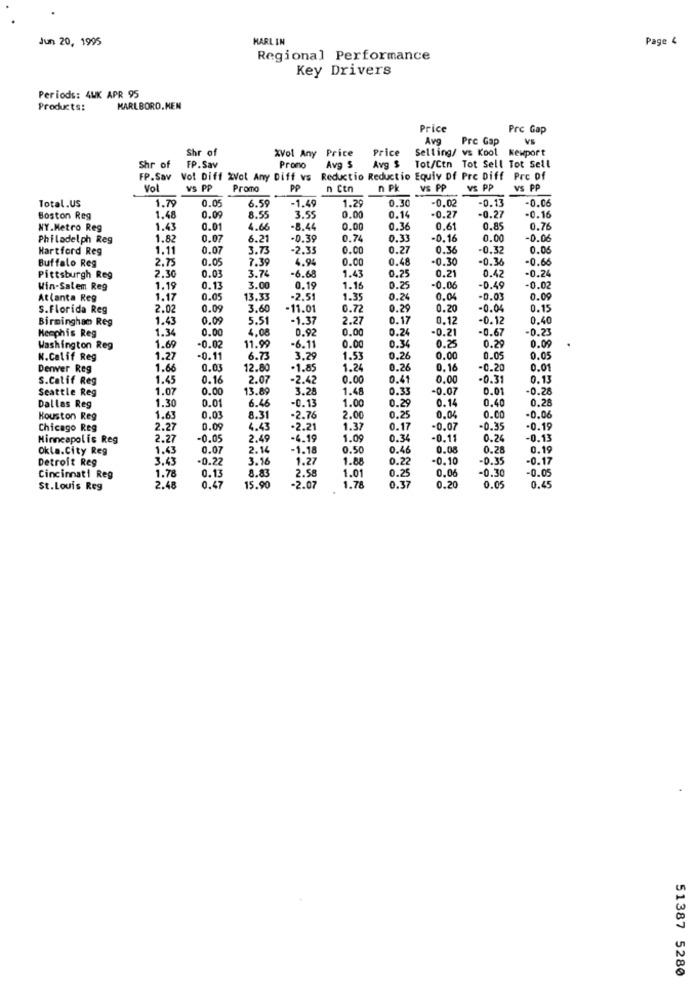
Jun 20, 1995
HARLIN
Page 4
Regional Performance
Key Drivers
Periods: 4WK APR 95
Products:
MARLBORO.MEN
Price
Prc Gap
Ave
Pre Gap
VS
Shr of
%Vol Any Price
Price
Selling/ vs Kool
Newport
Avg S
Shr of
FP.Sav
Prono
Avg $
Tot/Ctn Tot Sell Tot Sell
FP.Sav Vol Diff %Vol Any Diff vs Reductio Reductio Equiv Df Pre Diff Prc of
Vol
VS PP
Promo
PP
n Ctn
n Pk
VS PP
VS PP
VS PP
Total.US
0.05
6.59
-1.49
1.29
0.30
-0.02
-0.13
-0.06
1.79
0.00
-0.2
Boston Reg
1.48
0.09
8.55
3.55
0.14
-0.27
-0.16
NY.Metro Reg
1.4
0.01
4.66
-8.44
0.00
0.36
0.61
0.89
0.76
Philadelph Reg
1.82
0.07
6.21
-0.39
0.74
0.33
-0.16
0.0
-0.0
Hartford Reg
1.11
0.07
3.73
-2.35
0.00
0.27
0.36
-0.3
0.0
Buffalo Reg
2.75
0.05
7.39
4.94
0.00
0.48
-0.30
-0.36
-0.66
0.25
0.42
-0.2
Pittsburgh Reg
2.30
0.01
3.74
-6.68
1.43
0.2
Win-Salem Reg
1.19
0.11
3.00
0.19
1.16
0.25
-0.06
-0.49
-0.02
Atlanta Reg
1.17
0.05
13.33
-2.51
1.35
0.24
0.04
-0.01
0.0
S.Florida Reg
2.02
0.09
3.60
-11.01
0.72
0.29
0.20
-0.04
0.15
Birmingham Reg
1.43
0.09
5.51
-1.37
2.27
0.17
0.12
-0.12
0.40
Memphis Reg
1.34
0.00
4.08
0.92
0.00
0.24
-0.21
-0.67
-0.23
0.34
0.25
0.29
0.09
Washington Reg
1.69
-0.02
11.99
-6.11
0.0
K.Calif Reg
1.27
-0.11
6.73
3.29
1.53
0.26
0.00
0.05
0.05
Denver Reg
1.66
0.03
12.80
·1.85
1.24
0.26
0.16
-0.20
0.01
S.Catif Reg
1.45
0.16
2.07
-2.42
0.00
0.41
0.00
-0.31
0.13
Seattle Reg
1.07
0.00
13.89
3.28
1.48
0.33
-0.07
0.01
-0.28
1.30
0.01
6.46
1.00
0.29
0.14
0.40
0.28
Dallas Reg
-0.13
0.04
Houston Reg
1.6
0.03
8.31
-2.76
2.00
0.25
0.00
-0.06
Chicago Reg
2.27
0.09
4.43
-2.21
1.37
0.17
-0.07
0.35
-0.19
Minneapolis Reg
2.27
-0.05
2.49
-4.19
1.09
0.34
-0.11
0.24
-0.13
Okla.City Reg
1.43
0.07
2.14
-1.18
0.50
0.46
0.08
0.28
0.19
Detroit Reg
3.43
-0.22
3.96
1.27
1.88
0.22
-0.10
-0.35
-0.17
1.78
8.83
1.01
0.25
0.06
-0.30
-0.05
Cincinnati Reg
2.48
0.47
0.13
2.58
1.78
0.37
0.20
0.45
St.Louis Reg
15.90
-2.07
0.05
51387 5280